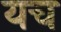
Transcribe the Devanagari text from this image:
यच